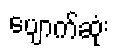
ပျောက်ဆုံး